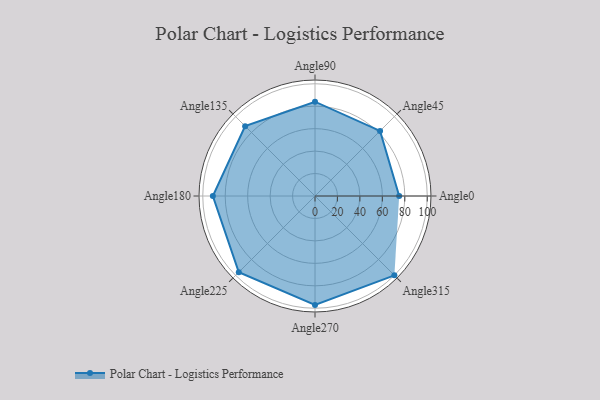
{"axis": {"x": "Angle", "y": "Radius"}, "legend": [""], "data": [{"x": "Angle0", "y": 75.0, "type": ""}, {"x": "Angle45", "y": 82.0, "type": ""}, {"x": "Angle90", "y": 84.0, "type": ""}, {"x": "Angle135", "y": 88.0, "type": ""}, {"x": "Angle180", "y": 91.0, "type": ""}, {"x": "Angle225", "y": 96.0, "type": ""}, {"x": "Angle270", "y": 97.0, "type": ""}, {"x": "Angle315", "y": 100.0, "type": ""}]}